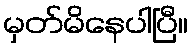
မှတ်မိနေပါပြီ။